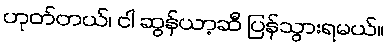
ဟုတ်တယ်၊ ငါ ဆွန်ယာ့ဆီ ပြန်သွားရမယ်။